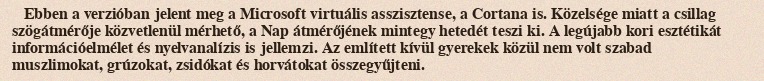
Ebben a verzióban jelent meg a Microsoft virtuális asszisztense, a Cortana is. Közelsége miatt a csillag szögátmérője közvetlenül mérhető, a Nap átmérőjének mintegy hetedét teszi ki. A legújabb kori esztétikát információelmélet és nyelvanalízis is jellemzi. Az említett kívül gyerekek közül nem volt szabad muszlimokat, grúzokat, zsidókat és horvátokat összegyűjteni.